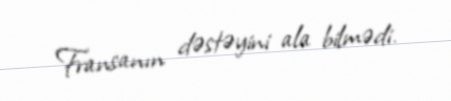
Fransanın dəstəyini ala bilmədi.